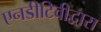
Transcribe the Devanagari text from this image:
एनडीटिवीद्वारा